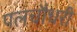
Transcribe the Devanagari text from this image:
पलचौधरी